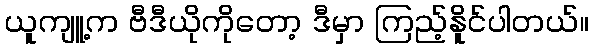
ယူကျူ့က ဗီဒီယိုကိုတော့ ဒီမှာ ကြည့်နိူင်ပါတယ်။